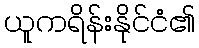
ယူကရိန်းနိုင်ငံ၏